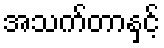
အသက်တာနှင့်